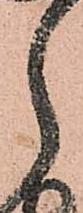
月